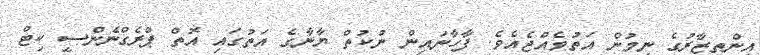
އިންތިޒާރުގެ ނިމުން އަތުވެއްޖެއެވެ. ފާހާނައިން ނުކުތް ޔާނާގެ އަތުގައި އޮތް ޕްރެގްނެންސީ ކިޓް